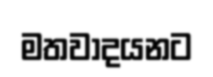
මතවාදයනට